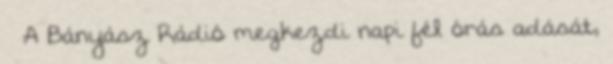
– A Bányász Rádió megkezdi napi fél órás adását,